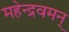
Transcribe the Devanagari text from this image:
महेन्द्रवमन्